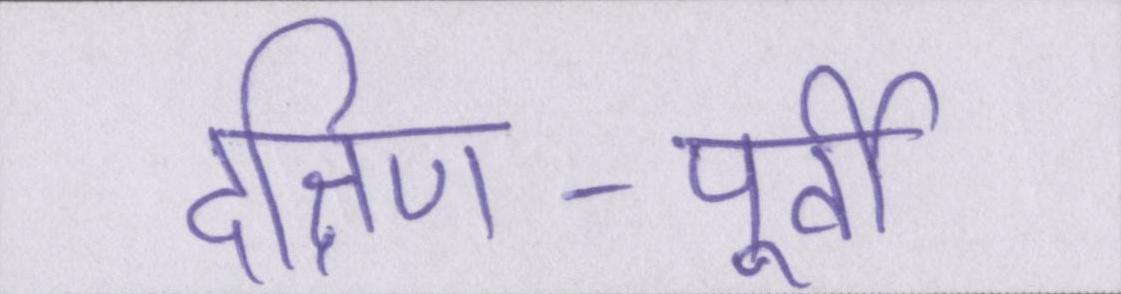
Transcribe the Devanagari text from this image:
दक्षिण-पूर्वी